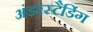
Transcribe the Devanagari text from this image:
अंडरस्टैडिंग